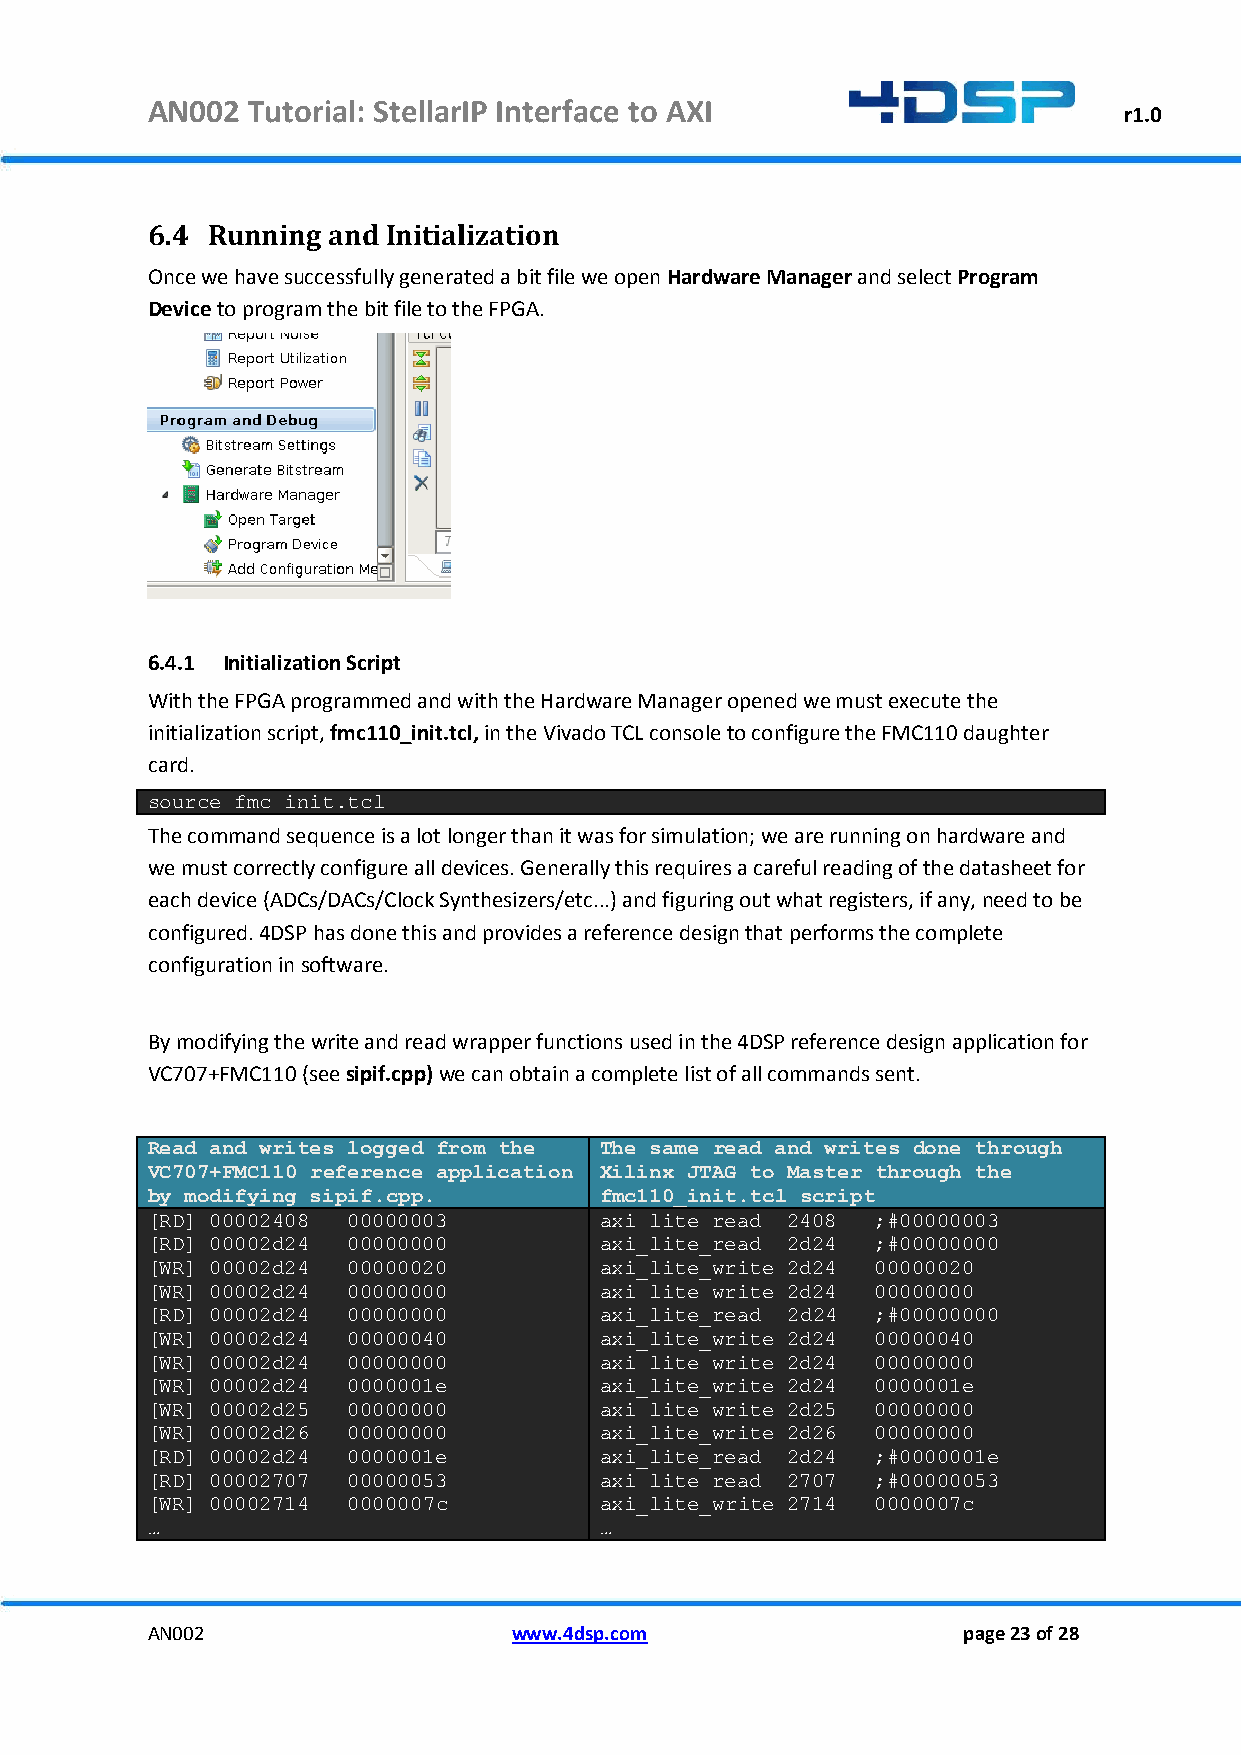
AN002 Tutorial: StellarIP Interface to AXI
 r1.0
 6.4 Running and Initialization
 Once we have successfully generated a bit file we open Hardware Manager and select Program
 Device to program the bit file to the FPGA.
 6.4.1 Initialization Script
 With the FPGA programmed and with the Hardware Manager opened we must execute the
 initialization script, fmc110_init.tcl, in the Vivado TCL console to configure the FMC110 daughter
 card.
 source fmc_init.tcl
 The command sequence is a lot longer than it was for simulation; we are running on hardware and
 we must correctly configure all devices. Generally this requires a careful reading of the datasheet for
 each device (ADCs/DACs/Clock Synthesizers/etc...) and figuring out what registers, if any, need to be
 configured. 4DSP has done this and provides a reference design that performs the complete
 configuration in software.
 By modifying the write and read wrapper functions used in the 4DSP reference design application for
 VC707+FMC110 (see sipif.cpp) we can obtain a complete list of all commands sent.
 Read and writes logged from the The same read and writes done through
 VC707+FMC110 reference application Xilinx JTAG to Master through the
 by modifying sipif.cpp.       fmc110_init.tcl script
 [RD] 00002408 00000003        axi_lite_read 2408 ;#00000003
 [RD] 00002d24 00000000        axi_lite_read 2d24 ;#00000000
 [WR] 00002d24 00000020        axi_lite_write 2d24 00000020
 [WR] 00002d24 00000000        axi_lite_write 2d24 00000000
 [RD] 00002d24 00000000        axi_lite_read 2d24 ;#00000000
 [WR] 00002d24 00000040        axi_lite_write 2d24 00000040
 [WR] 00002d24 00000000        axi_lite_write 2d24 00000000
 [WR] 00002d24 0000001e        axi_lite_write 2d24 0000001e
 [WR] 00002d25 00000000        axi_lite_write 2d25 00000000
 [WR] 00002d26 00000000        axi_lite_write 2d26 00000000
 [RD] 00002d24 0000001e        axi_lite_read 2d24 ;#0000001e
 [RD] 00002707 00000053        axi_lite_read 2707 ;#00000053
 [WR] 00002714 0000007c        axi_lite_write 2714 0000007c
 …                             …
 AN002                   www.4dsp.com                  page 23 of 28